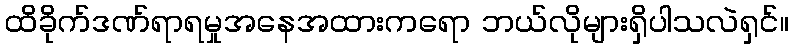
ထိခိုက်ဒဏ်ရာရမှုအနေအထားကရော ဘယ်လိုများရှိပါသလဲရှင်။